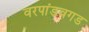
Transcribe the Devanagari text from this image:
वरपांडवगड